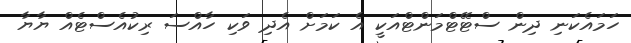
ހަމައެކަނި ދިން ސްޓޭޓްމަންޓްއަކީ އެ ކަމަށް އެދި ވަކި ހާއްސަ ރިކުއެސްޓެއް ޔާޔާ